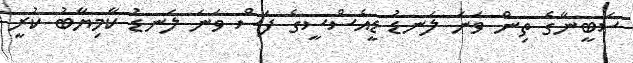
ސަބީނާގެ ތިން ވަނަ ލަނޑު ޑީއެސްސީގެ ފަސް ވަނަ ލަނޑު ކާމިޔާބު ކުރީ